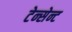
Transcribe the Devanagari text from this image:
टेन्सेन्ट